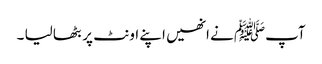
آپﷺ نے انھیں اپنے اونٹ پر بٹھا لیا ۔